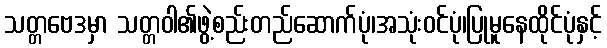
သတ္တဗေဒမှာ သတ္တဝါ၏ဖွဲ့စည်းတည်ဆောက်ပုံ၊အသုံးဝင်ပုံ၊ပြုမူနေထိုင်ပုံနှင့်